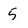
Character: 5